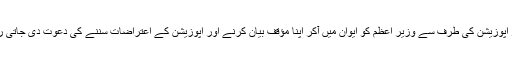
اس ماحول میں چار روزتک قومی اسمبلی اور سینیٹ کے اجلاس کی کارروائی جاری رہی اور ہر روز اپوزیشن کی طرف سے وزیر اعظم کو ایوان میں آکر اپنا مؤقف بیان کرنے اور اپوزیشن کے اعتراضات سننے کی دعوت دی جاتی رہی لیکن انہوں نے اپنی اس قانونی، جمہوری اور اخلاقی ذمہ داری کو پورا کرنا ضروری نہیں سمجھا۔